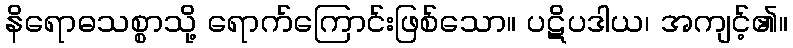
နိရောဓသစ္စာသို့ ရောက်ကြောင်းဖြစ်သော။ ပဋိပဒါယ၊ အကျင့်၏။